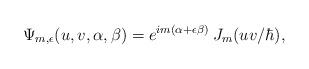
LaTeX: \begin{align*}\Psi_{m,\epsilon} (u,v,\alpha,\beta) = e^{im (\alpha + \epsilon \beta)} \: J_m (uv/\hbar) ,\end{align*}